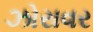
ઝોરાવર